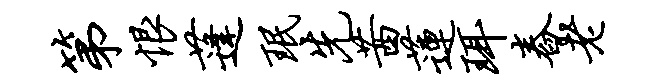
第恨蓬珉先茜莲珥舂老